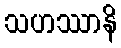
သဟဿာနိ